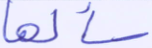
سألها